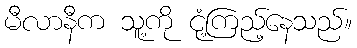
မီလာနီက သူ့ကို ငုံ့ကြည့်နေသည်။